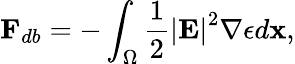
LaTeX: \mathbf{F}_{db}=-\int_{\Omega}\frac{1}{2}\left|\mathbf{E}\right|^{2}\nabla\epsilon d\mathbf{x},